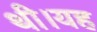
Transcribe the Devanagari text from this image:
थी।यह